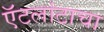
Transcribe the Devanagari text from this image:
ऍटलांटाचा